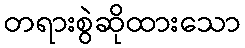
တရားစွဲဆိုထားသော